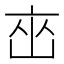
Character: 𬽋